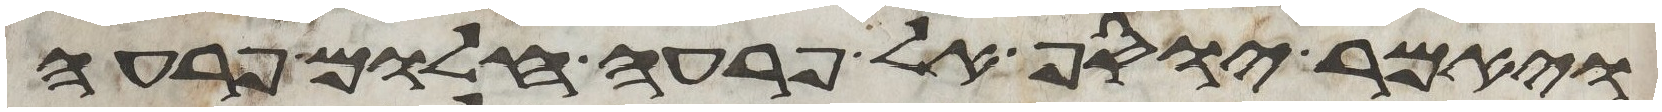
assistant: ויאמר יוסף אל פרעה חלום פרעה